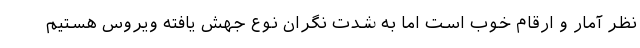
نظر آمار و ارقام خوب است اما به شدت نگران نوع جهش یافته ویروس هستیم